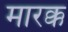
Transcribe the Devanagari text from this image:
मारक्क